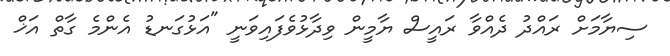
ސިޔާމަށް ރައްދު ދެއްވާ ރައީސް ޔާމީން ވިދާޅުވެފައިވަނީ "އަޅުގަނޑު އެންމެ ގާތް އަޚް